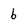
Character: 6